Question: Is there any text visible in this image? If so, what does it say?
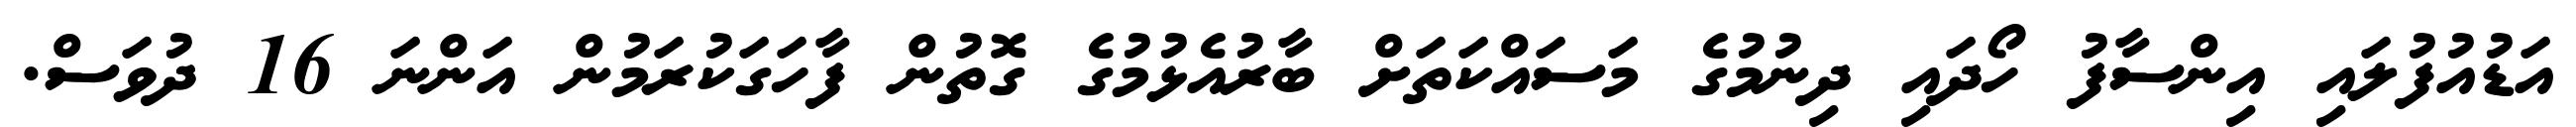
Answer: އަޑުއުފުލައި އިންސާފު ހޯދައި ދިނުމުގެ މަސައްކަތަށް ބާރުއެޅުމުގެ ގޮތުން ފާހަގަކުރަމުން އަންނަ 16 ދުވަސް.